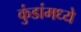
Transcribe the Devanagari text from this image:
कुंडांमध्ये